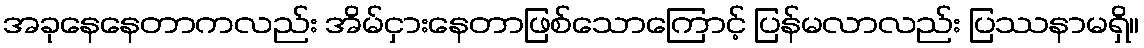
အခုနေနေတာကလည်း အိမ်ငှားနေတာဖြစ်သောကြောင့် ပြန်မလာလည်း ပြဿနာမရှိ။